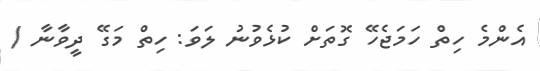
އެންމެ ހިތް ހަމަޖެހޭ ގޮތަށް ކުޅެވުނު ލަވަ: ހިތް މަގޭ ދީވާނާ /